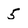
Character: 5